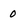
Character: 0